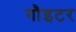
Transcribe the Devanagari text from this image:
गौइटर